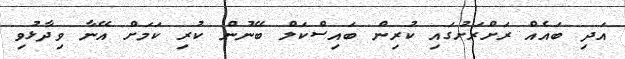
އަދި ބައެއް ރަށްރަށުގައި ކުރިން ބައިސްކަލް ބޭނުން ކުރި ކަމަށް އޭނާ ވިދާޅުވި